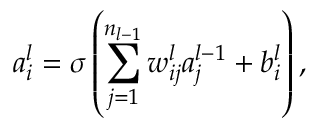
a _ { i } ^ { l } = \sigma \left( \sum _ { j = 1 } ^ { n _ { l - 1 } } w _ { i j } ^ { l } a _ { j } ^ { l - 1 } + b _ { i } ^ { l } \right) ,